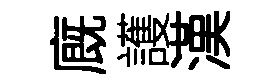
廐護漢